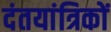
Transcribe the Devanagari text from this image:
दंतयांत्रिकों